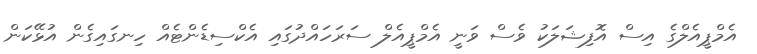
އެމްޕީއެލްގެ އިސް އޮފިޝަލަކު ވެސް ވަނީ އެމްޕީއެލް ސަރަހައްދުގައި އެކްސިޑެންޓެއް ހިނގައިގެން އުޅޭކަން